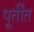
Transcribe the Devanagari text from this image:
पूर्तींत